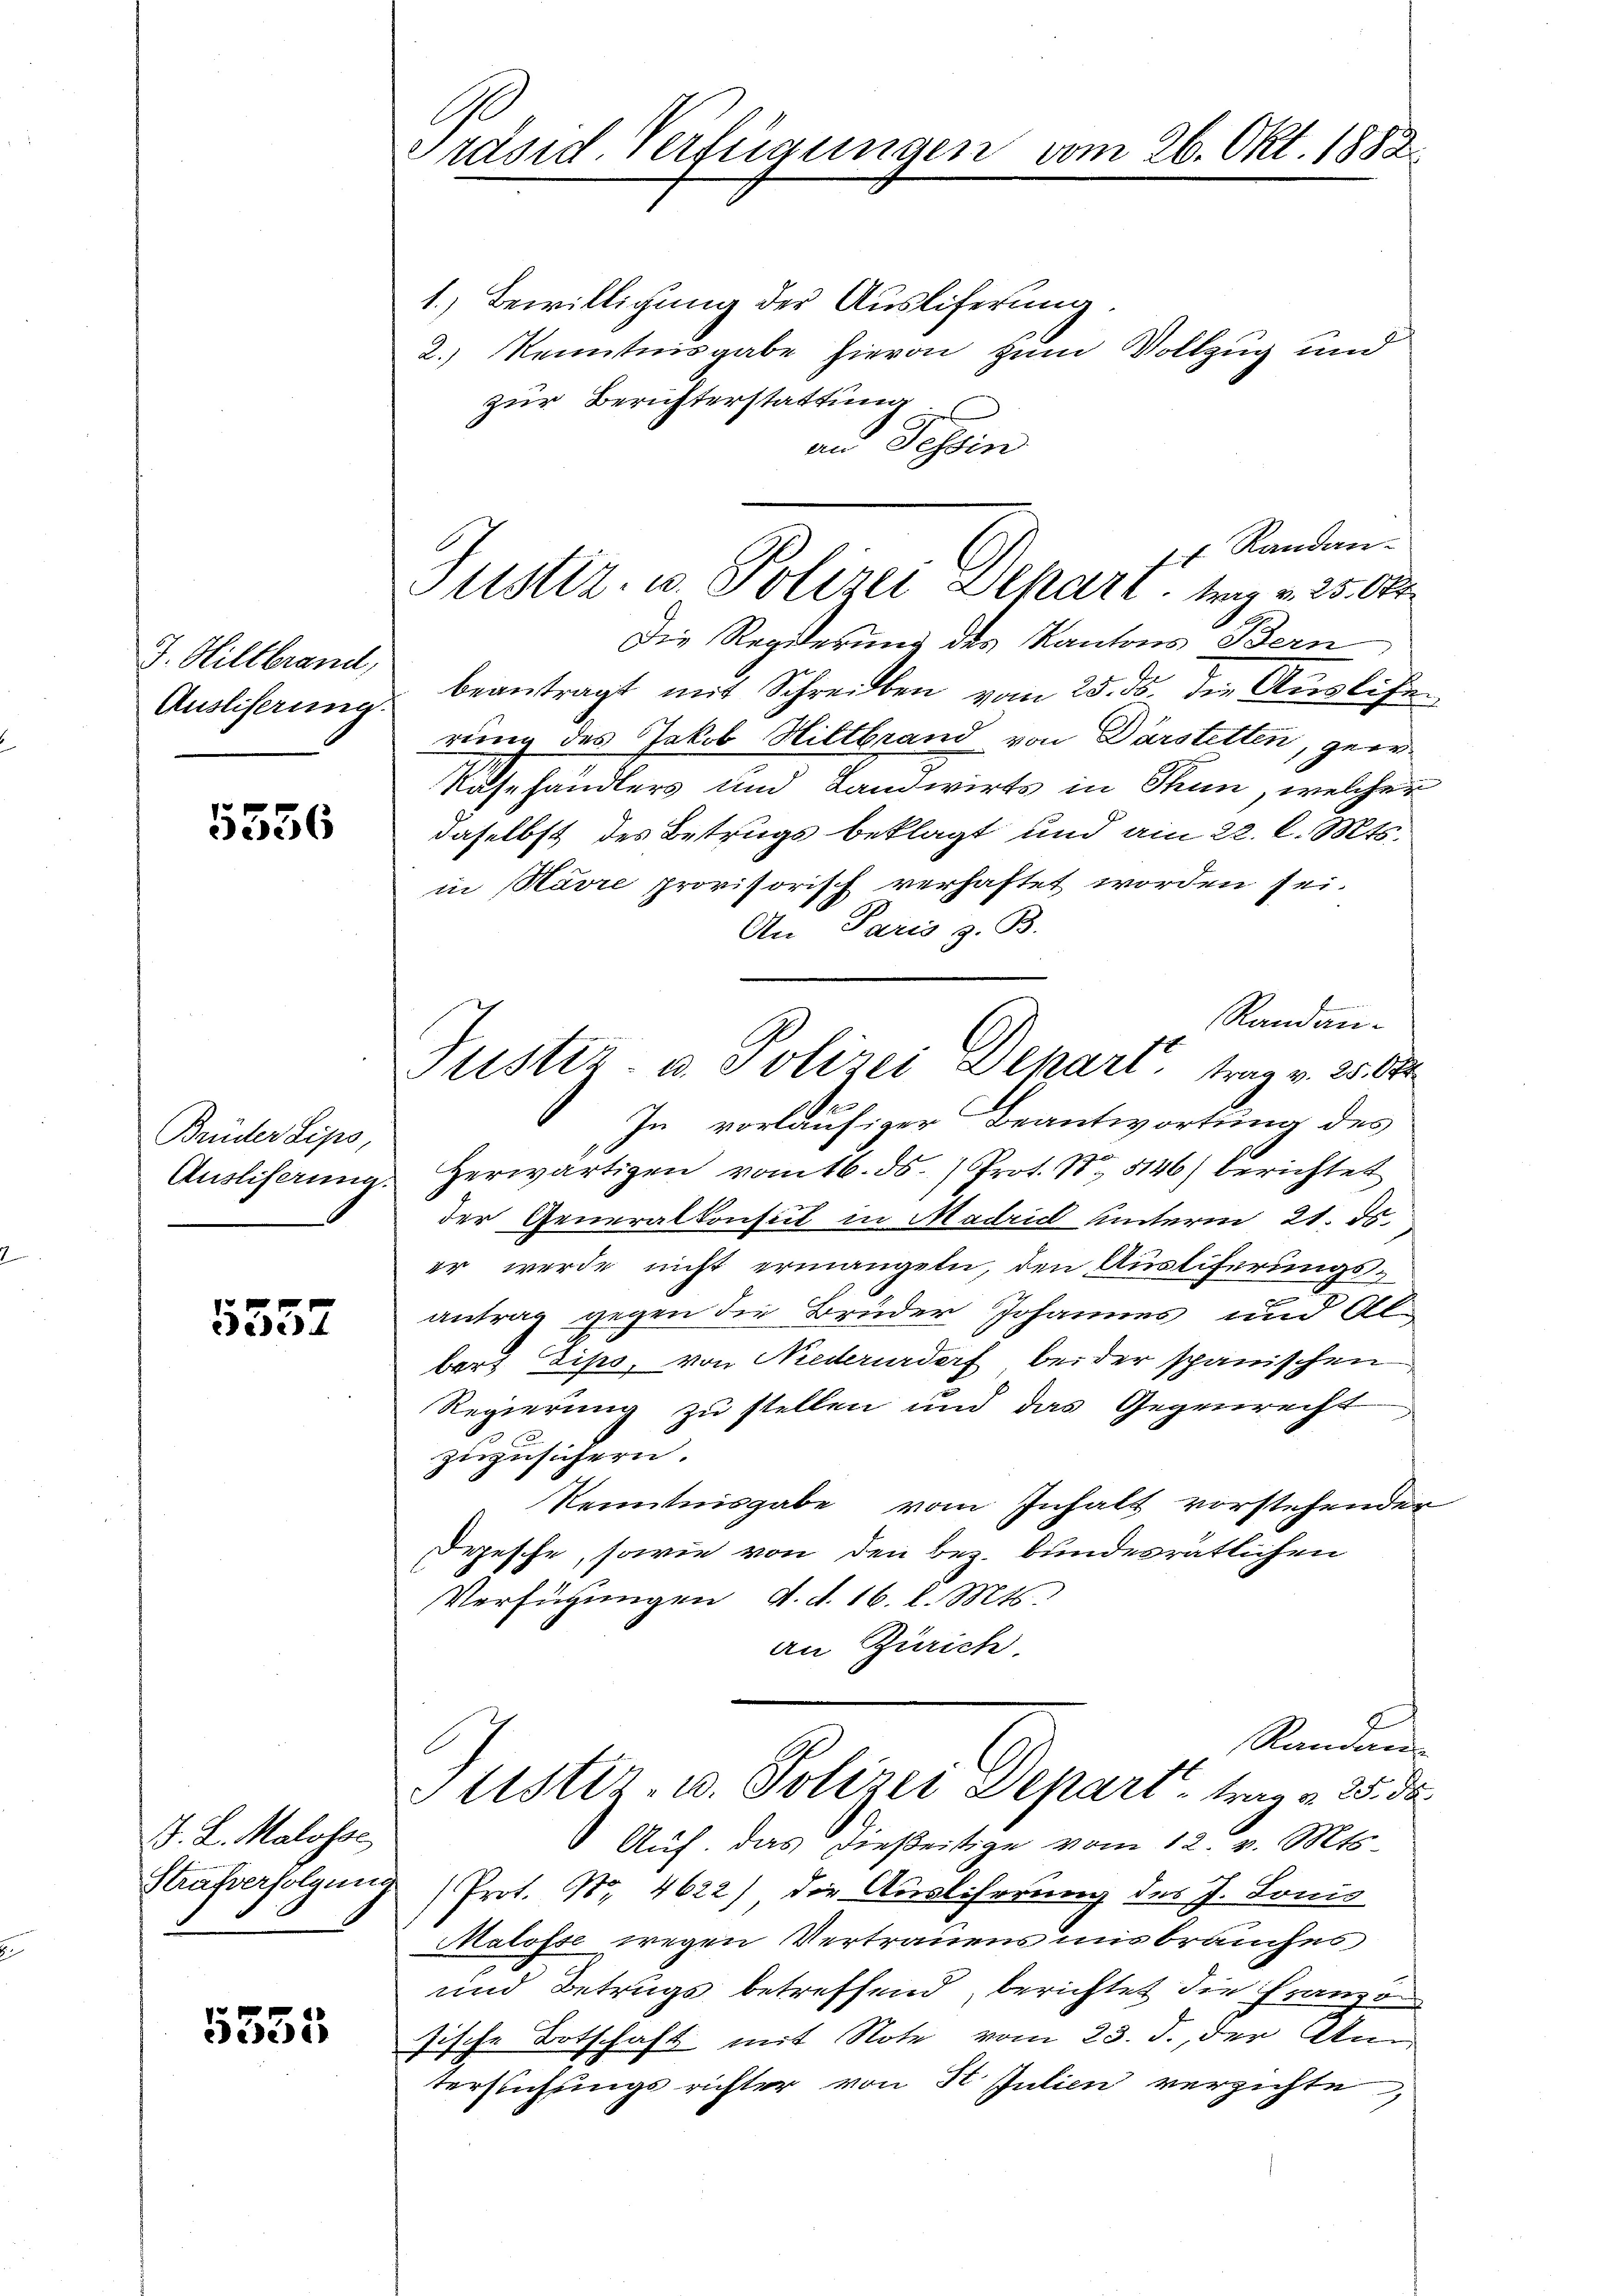
J. Hiltbrand,
Ausliserung.

5536

Brüder Lips,
Ausliferung.

5552

J. L. Malosse

5535

Präsid. Verfügungen vom 26. Okt. 1882.

1.) Bewilligung der Auslieferung.
2.) Kenntnisgabe hievon zum Vollzug und
zur Berichterstattung
an Tessin
. Randan¬
Die Regierung des Kantons Bern
beantragt mit Schreiben vom 25. ds. die Vergliche
rung des Jakob Hiltbrand von Darstetten, geer¬
Rusehändlers und Landwirts in Thun, welcher
daselbst des Betrugs beklagt und am 22. l. Mts.
in Havre provisorisch verhaftet worden sei.
An Paris z. B.
b
Randan¬
In vorläufiger Beantwortung des
Herwärtigen vom 16. ds. Prot. S. 5146) berichtet
der Generalkonsul in Madrich unterm 21. ds.
er werde nicht ermangeln, den Ausliferungsantrag gegen die Brüder Johannes und Albart Lips, von Niederurdorf beider spanischen
Regierung zu stellen und das Gegenrecht
0
zuzusichern.
Kenntnisgabe vom Inhalt vorstehender
Depesche, sowie von den bez. bundesrätlichen
Verfügungen d. d. 16. d. Mts.
an Zürich.
Randan
Justiz- u. Polizei Depart, trag a. 25. de
Auf. Das dießeitige vom 12. v. Mts.
Mäferfolgung (Prot. Nr. 4622) die Auslehrrung des J. Lonis
Malosse wegen Vertrauens uns brauches
und Betrugs betreffend, berichtet die Franzo
sische Botschaft mit Note vom 23. d. der Anterflichungsrichter von H Julien verzichte

Justiz- u. Polizei Schart trag v. 25. Okt.

Justiz- u. Polizei Depart, trag v. 2500